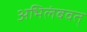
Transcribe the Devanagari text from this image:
अभिलंबवत्